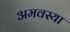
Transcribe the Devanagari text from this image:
अमवस्या